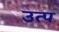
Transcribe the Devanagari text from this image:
उत्प